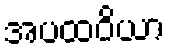
အပထဝိယာ